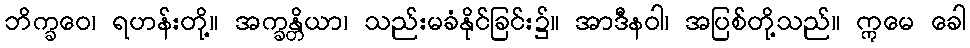
ဘိက္ခဝေ၊ ရဟန်းတို့။ အက္ခန္တိယာ၊ သည်းမခံနိုင်ခြင်း၌။ အာဒီနဝါ၊ အပြစ်တို့သည်။ ဣမေ ခေါ